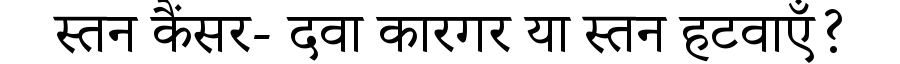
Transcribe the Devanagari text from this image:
स्तन कैंसर- दवा कारगर या स्तन हटवाएँ?